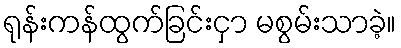
ရုန်းကန်ထွက်ခြင်းငှာ မစွမ်းသာခဲ့။